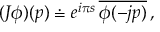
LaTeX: ( J \phi ) ( p ) \doteq e ^ { i \pi s } \, \overline { { { \phi ( - j p ) } } } \, ,